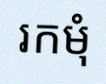
រកមុំ